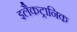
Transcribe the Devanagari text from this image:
इलैकट्रानिक